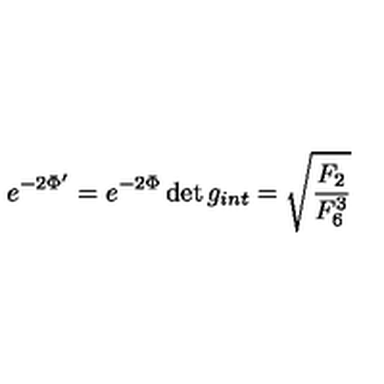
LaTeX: e ^ { - 2 \Phi ^ { \prime } } = { e ^ { - 2 \Phi } \det g _ { i n t } } = \sqrt { { \frac { F _ { 2 } } { F _ { 6 } ^ { 3 } } } }